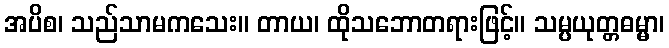
အပိစ၊ သည်သာမကသေး။ တာယ၊ ထိုသဘောတရားဖြင့်။ သမ္ပယုတ္တဓမ္မာ၊